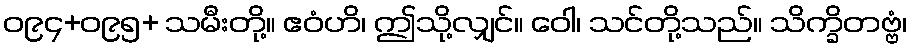
ဝ၉၄+ဝ၉၅+ သမီးတို့။ ဧဝံဟိ၊ ဤသို့လျှင်။ ဝေါ၊ သင်တို့သည်။ သိက္ခိတဗ္ဗံ၊